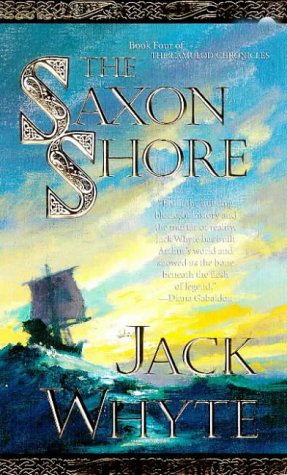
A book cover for The Saxon Shore (The Camulod Chronicles, Book 4); Jack Whyte; Science Fiction & Fantasy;